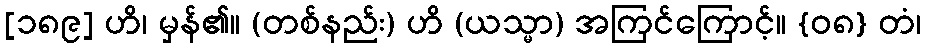
[၁၈၉] ဟိ၊ မှန်၏။ (တစ်နည်း) ဟိ (ယသ္မာ) အကြင်ကြောင့်။ {၀၈} တံ၊